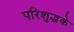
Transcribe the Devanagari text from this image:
परिशुद्धके